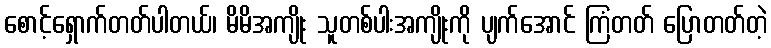
စောင့်ရှောက်တတ်ပါတယ်၊ မိမိအကျိုး သူတစ်ပါးအကျိုးကို ပျက်အောင် ကြံတတ် ပြောတတ်တဲ့